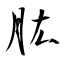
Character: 肱